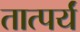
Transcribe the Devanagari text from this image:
तात्पर्यं